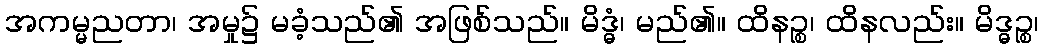
အကမ္မညတာ၊ အမှု၌ မခံ့သည်၏ အဖြစ်သည်။ မိဒ္ဓံ၊ မည်၏။ ထိနဉ္စ၊ ထိနလည်း။ မိဒ္ဓဉ္စ၊